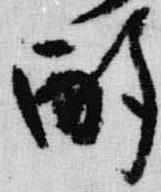
酌